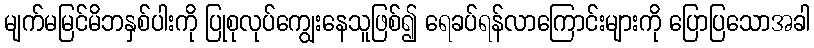
မျက်မမြင်မိဘနှစ်ပါးကို ပြုစုလုပ်ကျွေးနေသူဖြစ်၍ ရေခပ်ရန်လာကြောင်းများကို ပြောပြသောအခါ